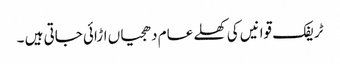
ٹریفک قوانیں کی کھلے عام دھجیاں اڑائی جاتی ہیں ۔